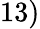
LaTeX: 13)